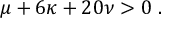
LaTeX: \mu + 6 \kappa + 2 0 \nu > 0 \ .